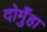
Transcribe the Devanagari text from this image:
दोमुँहा